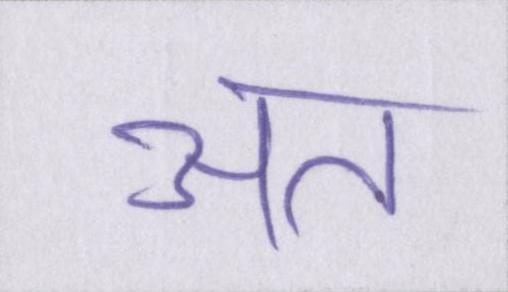
अत